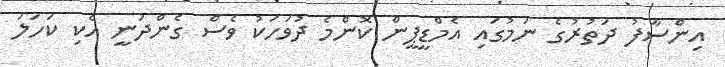
އިންސާފު ދަތުރުގެ ނަމުގައި އެމްޑީޕީން ކޮންމެ ދުވަހަކު ވެސް ގެންދަނީ އެކި ކަހަލަ